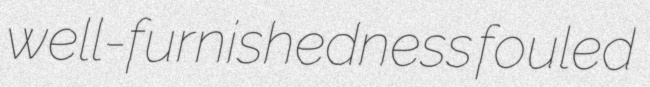
well-furnishedness fouled